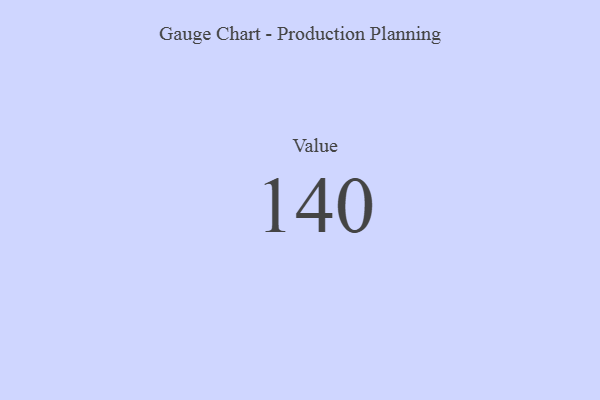
{"axis": {"x": "Metric", "y": "Value"}, "legend": [""], "data": [{"x": "Value", "y": 140, "type": ""}]}